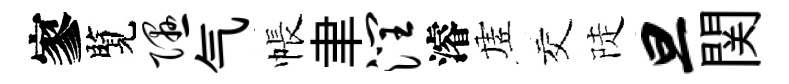
寥覽隰气帳聿润濬虗交陡旦関